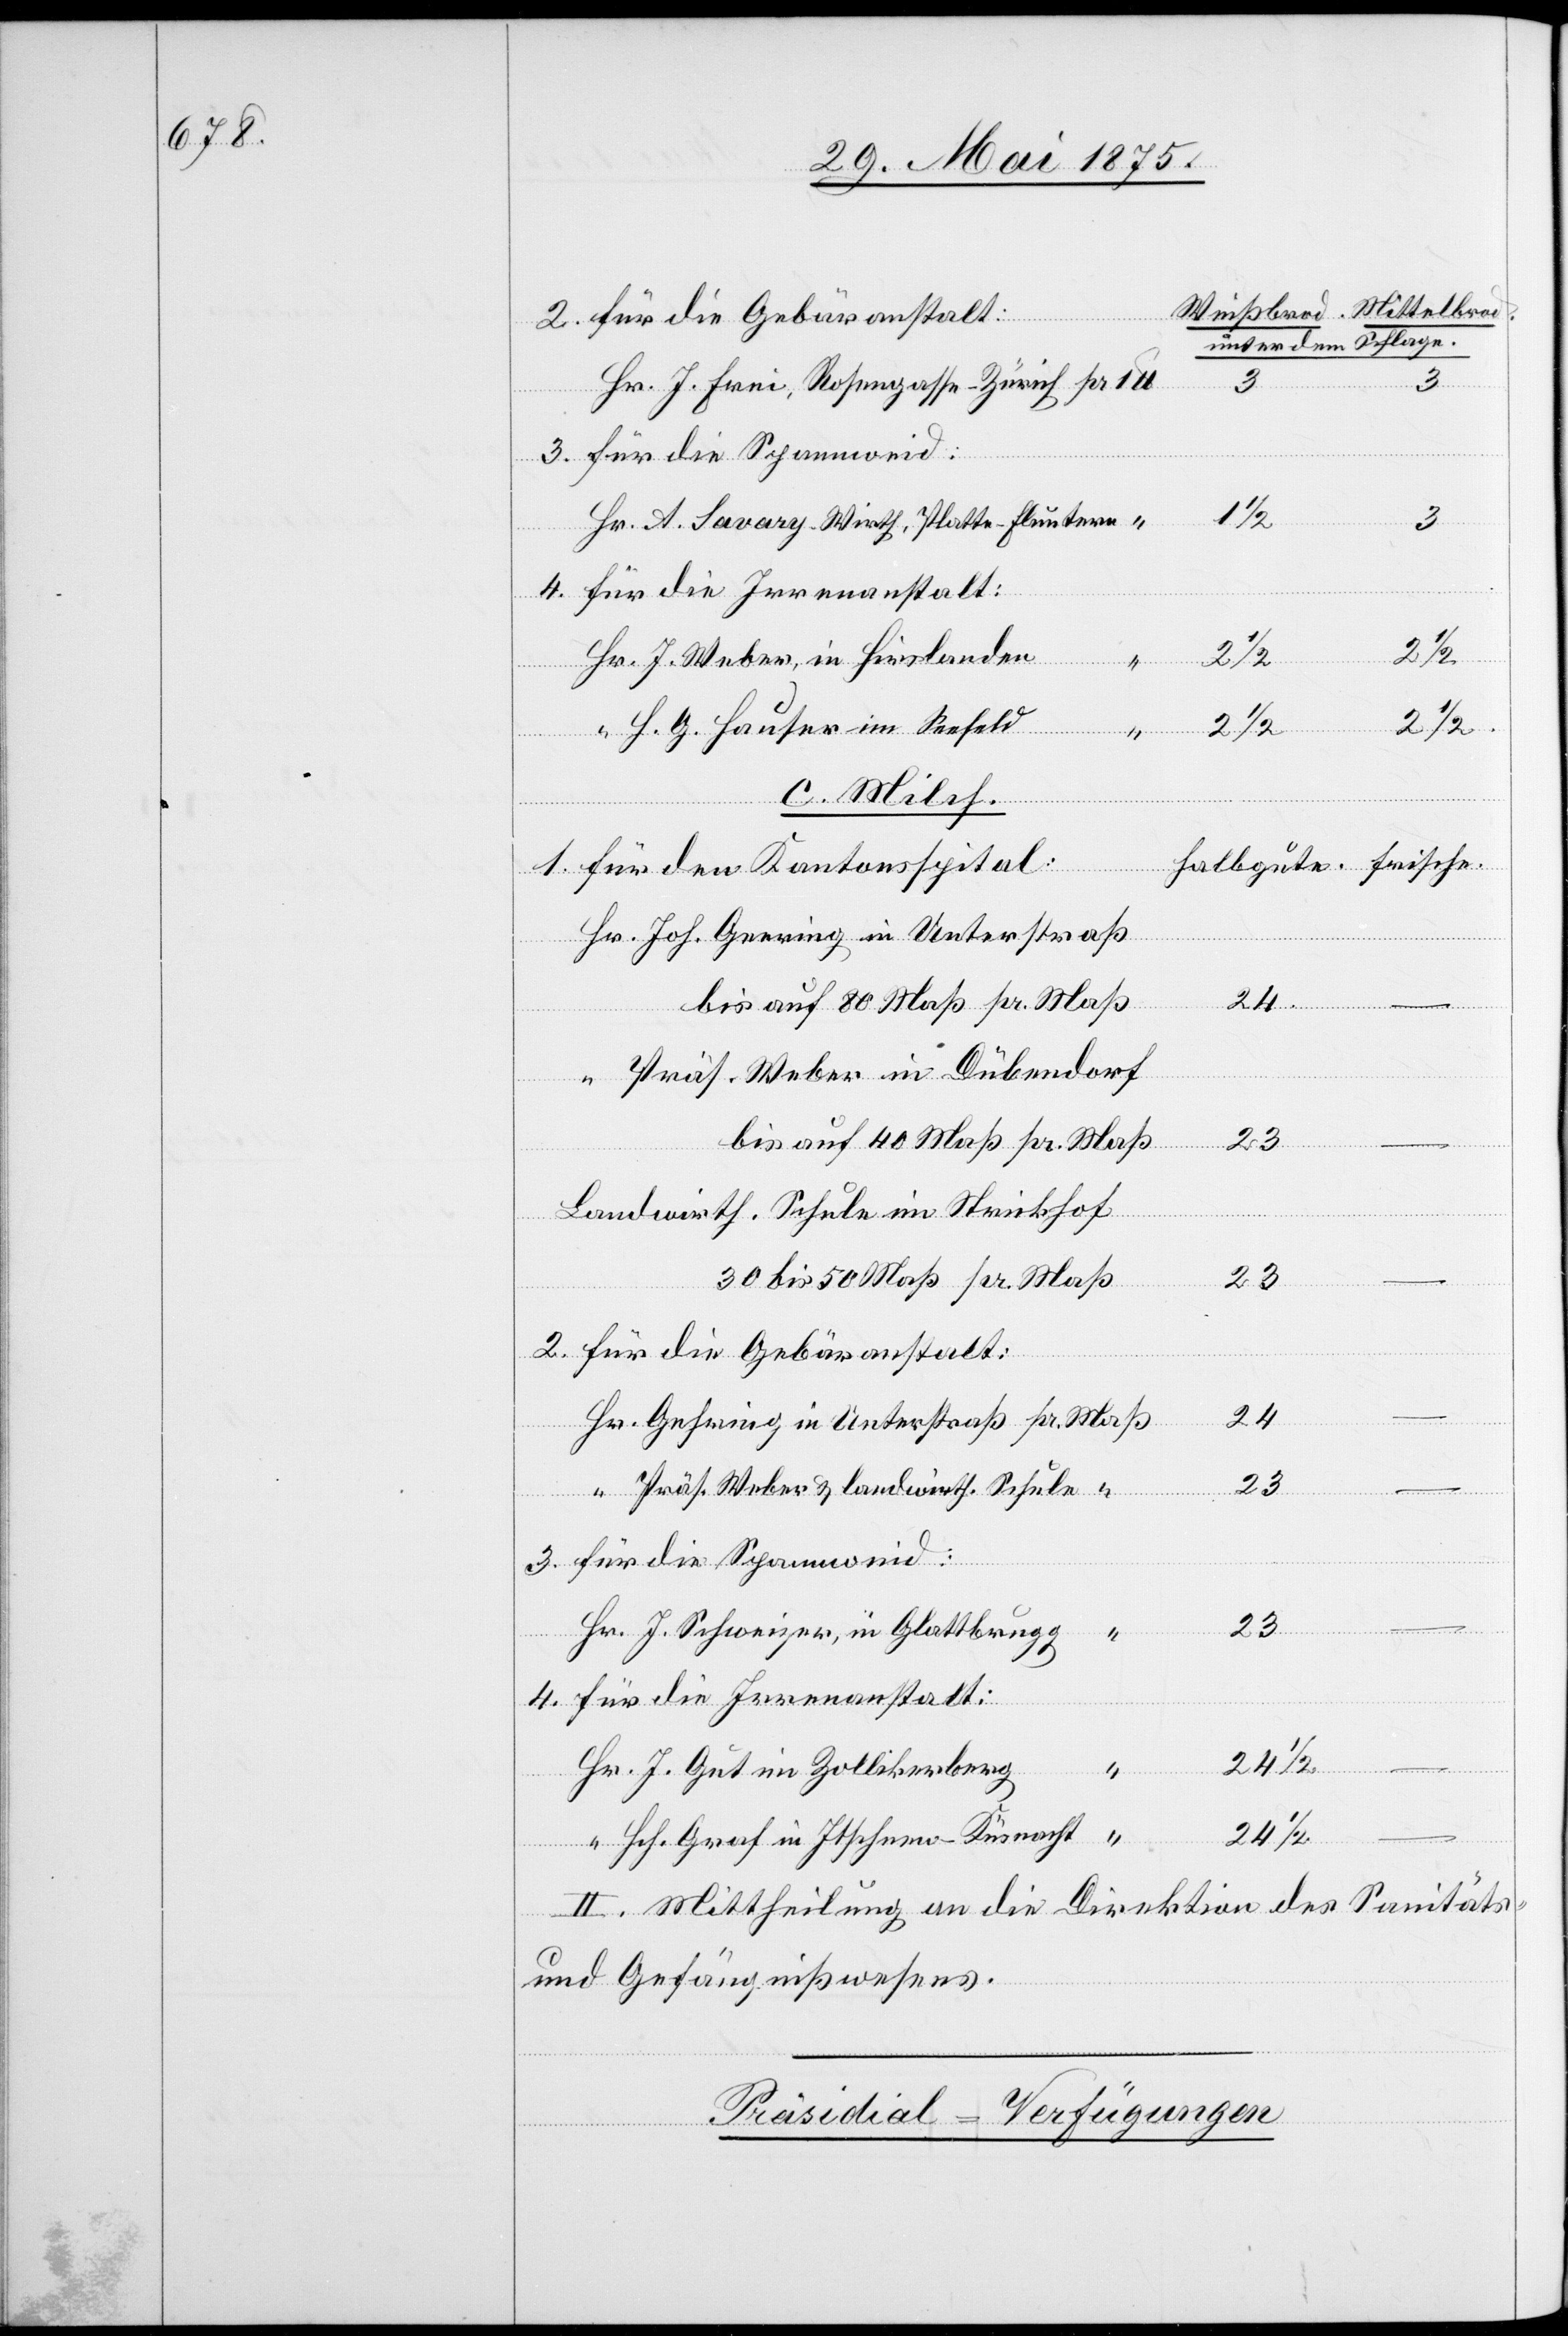
unter dem Schlage.
3.
Hr. J. Frei, Rosengasse - Zürich
pr
1.
3.
Hr. A. Savary-Wirth, Platte - Fluntern
1/2
Hr. J. Weber, in Hirslanden
2 1/2
2 1/2
“ H. G. Hauser im Seefeld
c. Milch.
auf
für den Kantonsspital:
Joh. Geering in Unterstraß
Halbgute.
50
Präs. Weber in Dübendorf
Landwirth. Schule im Strickhof:
23
–
–
für die Gebäranstalt:
24
die
Spannweid:
Präs. Weber & landwirth. Schule
Hr.
J. Schweizer, in Glattbrugg
2.
für die Irrenanstalt:
24 1/2
J. Gut im Zollikerberg
4.
Hrh. Graf in Itschnen - Küsnacht
II. Mittheilung an die Direktion des Sanitäts-
und Gefängnißwesens.